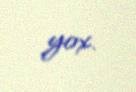
yox.